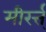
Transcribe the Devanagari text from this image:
मीरर्त्त्